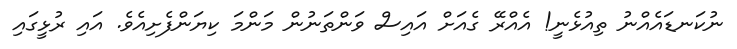
ނުކަނޑައެއްނު ތިއުޅެނީ! އެއްރޭ ގެއަށް އައިސް ވަންތަނުން މަންމަ ކިޔަންފެށިއެވެ. އައި ރުޅީގައި